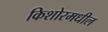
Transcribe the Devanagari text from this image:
किशोरमधील